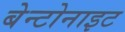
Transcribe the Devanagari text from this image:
बेन्टोनाइट